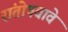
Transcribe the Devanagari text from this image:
संतोषवावे